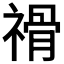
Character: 𥛔